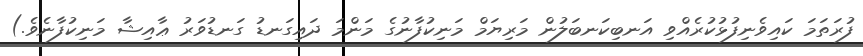
ފުރަތަމަ ކައިވެނިފުޅުކުރެއްވި އަނބިކަނބަލުން މަރިޔަމް މަނިކުފާނުގެ މަންމަ ދައިގަނޑު ގަނޑުވަރު ޢާއިޝާ މަނިކުފާނެވެ.)